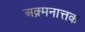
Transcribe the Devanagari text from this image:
अक्र्मनात्तक